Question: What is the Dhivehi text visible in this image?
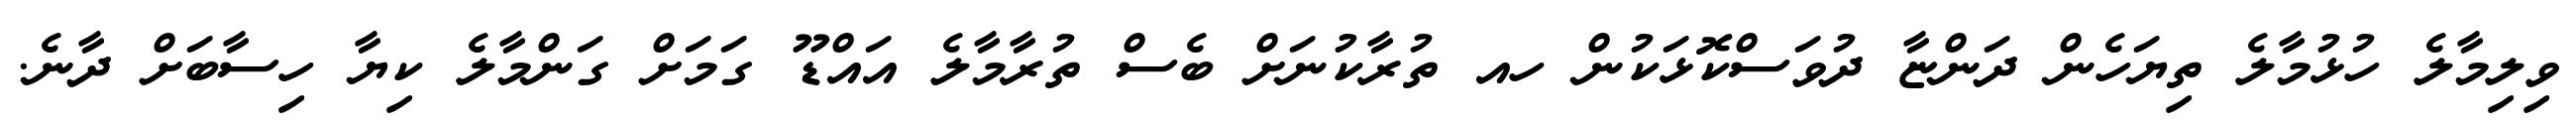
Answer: ވިލިމާލެ ހުޅުމާލެ ތިޔަހެން ދަންޏާ ދުވަސްކޮޅަކުން ހއ ތުރާކުނަށް ބެސް ތުރާމާލެ އައްޑޫ ގަމަށް ގަންމާލެ ކިޔާ ހިސާބަށް ދާނެ.